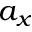
a _ { x }